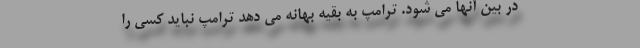
در بین آنها می شود. ترامپ به بقیه بهانه می دهد ترامپ نباید کسی را